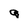
Character: q